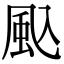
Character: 𮨦